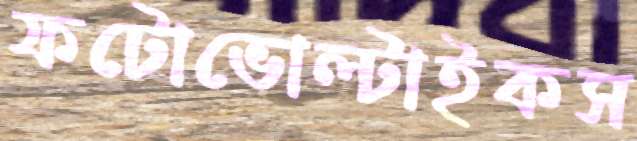
ফটোভোল্টাইকস